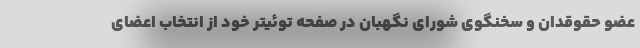
عضو حقوقدان و سخنگوی شورای نگهبان در صفحه توئیتر خود از انتخاب اعضای